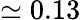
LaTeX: \simeq 0.13